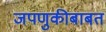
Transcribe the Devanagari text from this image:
जपणुकीबाबत